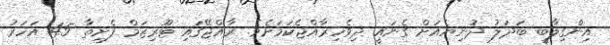
އިންގިލާބީ ބަދަލު ދުނިޔެއަށް ގެނައީ ދިވެހިރާއްޖެކަމަށެވެ. ރާއްޖޭގައި ޓޫރިޒަމް ފެށިތާ 45 އަހަރު